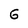
Character: G